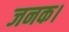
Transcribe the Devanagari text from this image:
जनक।